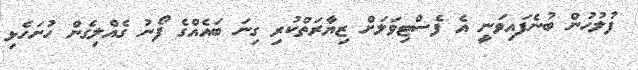
ފުލުހުން ބުނެފައިވަނީ އެ ފެސްޓިވަލަށް ޒިޔާރަތްކުރި ގިނަ ބައެއްގެ ފޯނު ގެއްލިގެން ހުށަހެޅި